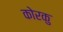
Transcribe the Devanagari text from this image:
कोरकु